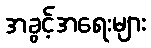
အခွင့်အရေးများ